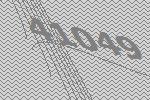
41049